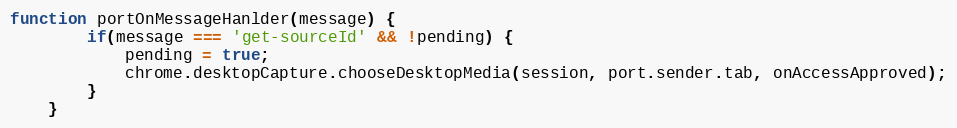
Language: JavaScript
function portOnMessageHanlder(message) {
        if(message === 'get-sourceId' && !pending) {
            pending = true;
            chrome.desktopCapture.chooseDesktopMedia(session, port.sender.tab, onAccessApproved);
        }
    }